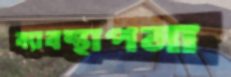
ব্যাবস্থাপনা